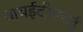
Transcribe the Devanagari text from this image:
वायईटीएचई